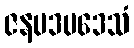
ဇနပဒပဒေသံ